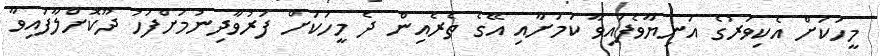
މީހަކަށް އެކިވަރުގެ އަނިޔާވެފައިވާ ކަމަށާއި އޭގެ ތެރެއިން ދެ މީހަކަށް ފަރުވާދިނުމަށްފަހު ދޫކޮށްލާފައިވާ